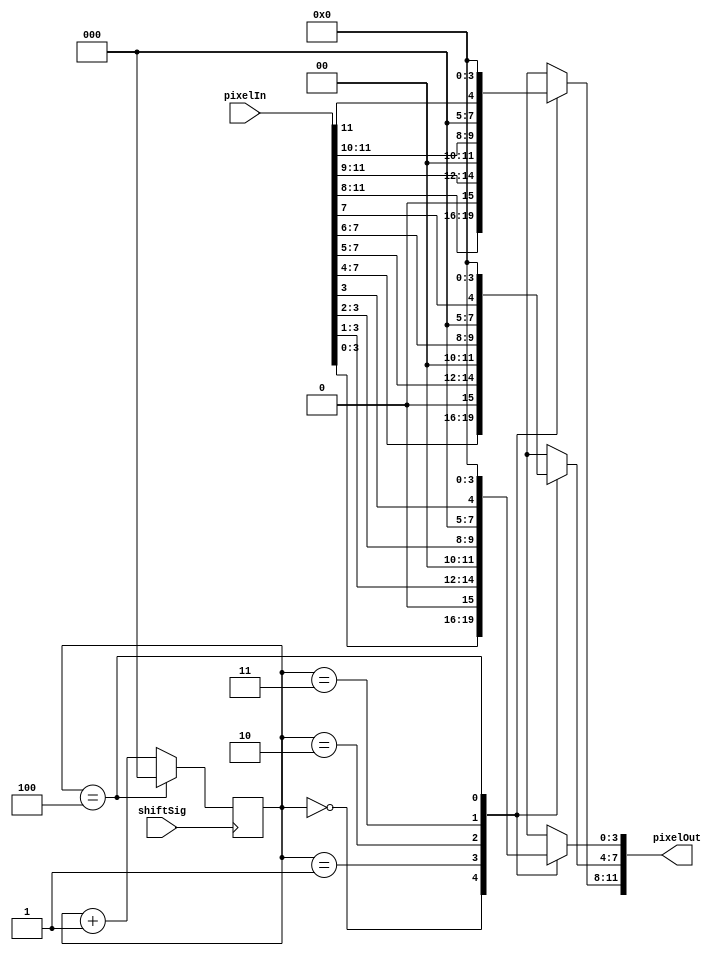
module Pixel_Brightness_Shifter(
    input [11:0] pixelIn,
    input       shiftSig,
    
    output [11:0] pixelOut
    );
    wire [3:0] pixelR = pixelIn[11:8];
    wire [3:0] pixelG = pixelIn[7:4];
    wire [3:0] pixelB = pixelIn[3:0];
    
    wire [3:0] rShift [4:0];
    assign rShift[0] =          pixelR;
    assign rShift[1] = {1'b0,   pixelR[3:1]};
    assign rShift[2] = {2'b00,  pixelR[3:2]};
    assign rShift[3] = {3'b000, pixelR[3]};
    assign rShift[4] =  4'b0000;
    
    wire [3:0] gShift [4:0];
    assign gShift[0] =          pixelG;
    assign gShift[1] = {1'b0,   pixelG[3:1]};
    assign gShift[2] = {2'b00,  pixelG[3:2]};
    assign gShift[3] = {3'b000, pixelG[3]};
    assign gShift[4] =  4'b0000;
    
    wire [3:0] bShift [4:0];
    assign bShift[0] =          pixelB;
    assign bShift[1] = {1'b0,   pixelB[3:1]};
    assign bShift[2] = {2'b00,  pixelB[3:2]};
    assign bShift[3] = {3'b000, pixelB[3]};
    assign bShift[4] =  4'b0000;
    
    reg [2:0] shiftCnt = 3'b000;
    always@(posedge shiftSig) begin
        if(shiftCnt == 4)
            shiftCnt <= 3'b000;
        else
            shiftCnt <= shiftCnt + 1;
    end
    
    assign pixelOut = {rShift[shiftCnt], gShift[shiftCnt], bShift[shiftCnt]};
endmodule